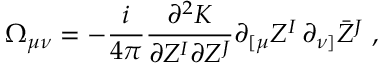
\Omega _ { \mu \nu } = - \frac i { 4 \pi } \frac { \partial ^ { 2 } K } { \partial Z ^ { I } \partial Z ^ { J } } \partial _ { [ \mu } Z ^ { I } \, \partial _ { \nu ] } \bar { Z } ^ { J } \ ,